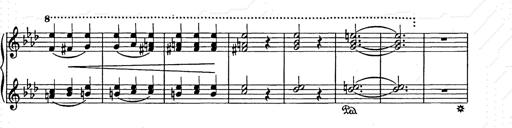
Title: Weihnachtsbaum
Composer: Franz Liszt